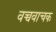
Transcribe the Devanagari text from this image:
वच्चवाचक